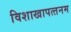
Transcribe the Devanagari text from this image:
विशाखापत्‍तनम